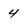
Character: 4